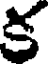
క